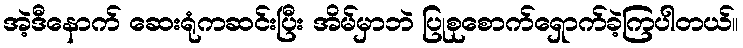
အဲ့ဒီနောက် ဆေးရုံကဆင်းပြီး အိမ်မှာဘဲ ပြုစုစောက်ရှောက်ခဲ့ကြပါတယ်။